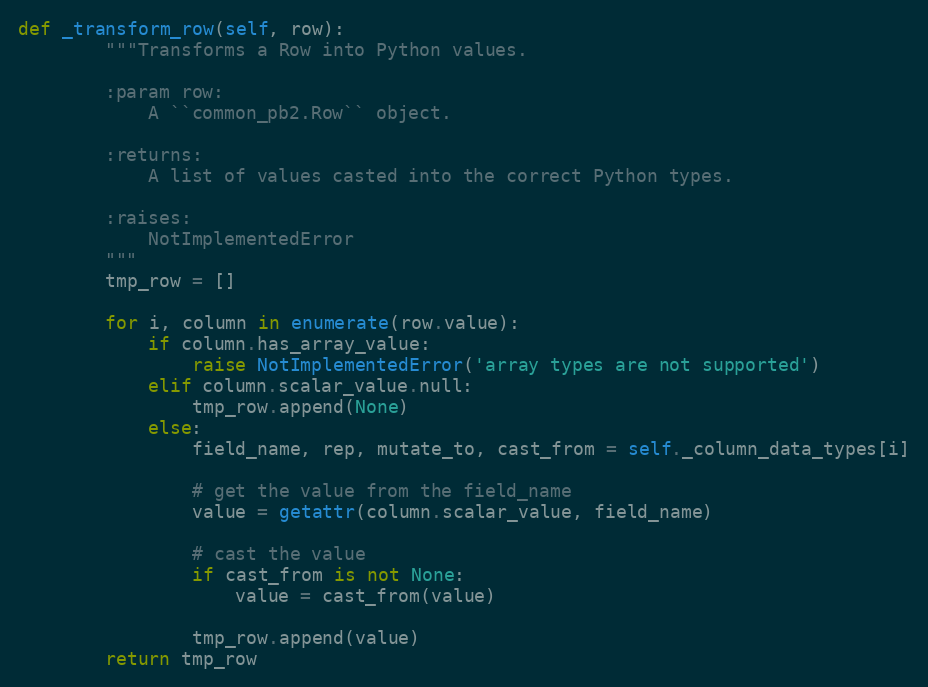
Language: Python
def _transform_row(self, row):
        """Transforms a Row into Python values.

        :param row:
            A ``common_pb2.Row`` object.

        :returns:
            A list of values casted into the correct Python types.

        :raises:
            NotImplementedError
        """
        tmp_row = []

        for i, column in enumerate(row.value):
            if column.has_array_value:
                raise NotImplementedError('array types are not supported')
            elif column.scalar_value.null:
                tmp_row.append(None)
            else:
                field_name, rep, mutate_to, cast_from = self._column_data_types[i]

                # get the value from the field_name
                value = getattr(column.scalar_value, field_name)

                # cast the value
                if cast_from is not None:
                    value = cast_from(value)

                tmp_row.append(value)
        return tmp_row